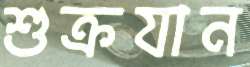
শুক্রযান